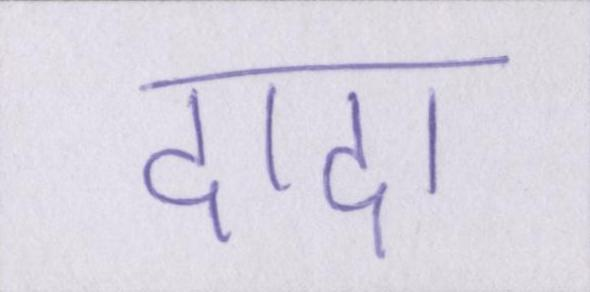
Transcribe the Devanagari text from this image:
दादा